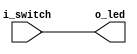
module switches_to_led
	#(parameter N = 4)

	(input [N-1:0] i_switch ,
	output [N-1:0] o_led);

	assign o_led = i_switch;
endmodule